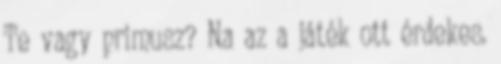
Te vagy primusz? Na az a játék ott érdekes.